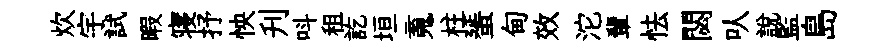
炊宇試暇寝抒怏刋呌租訖垣䰟柱蜑甸效沱輩怯閟㕥說監島